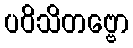
ပဝိသိတဗ္ဗော